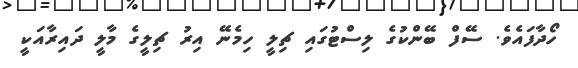
ހޯދާފައެވެ. ސޭފް ބޭންކުގެ ލިސްޓުގައި ޗިލީ ހިމެނޭ އިރު ޗިލީގެ މާލީ ދައިރާއަކީ